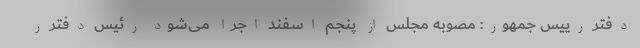
دفتر رییس جمهور: مصوبه مجلس از پنجم اسفند اجرا می‌شود رئیس دفتر ر